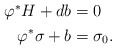
\begin{align*}\begin{aligned}\varphi^{*}H +db &= 0\\\varphi^{*}\sigma + b &= \sigma_{0}.\end{aligned}\end{align*}